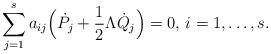
LaTeX: \begin{align*}\sum_{j=1}^s a_{ij} \Big(\dot P_j + \frac{1}{2}\Lambda \dot Q_j\Big)=0, \, i=1,\ldots,s.\end{align*}